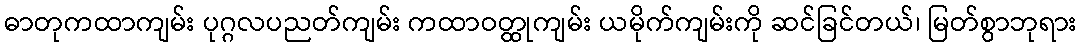
ဓာတုကထာကျမ်း ပုဂ္ဂလပညတ်ကျမ်း ကထာဝတ္ထုကျမ်း ယမိုက်ကျမ်းကို ဆင်ခြင်တယ်၊ မြတ်စွာဘုရား